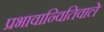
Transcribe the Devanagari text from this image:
प्रभावान्वितिवाले